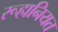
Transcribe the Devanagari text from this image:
रूहानियत